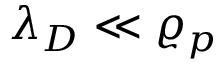
\lambda _ { D } \ll \varrho _ { p }